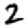
Digit: 2